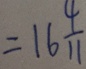
= 1 6 \frac { 4 } { 1 1 }